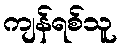
ကျန်ရစ်သူ